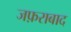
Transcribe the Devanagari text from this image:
जफ़राबाद